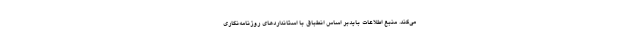
می‌‌کند. منبع اطلاعات بایدبر اساس انطباق با استانداردهای روزنامه‌نگاری